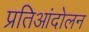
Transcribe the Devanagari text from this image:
प्रतिआंदोलन